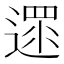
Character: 遝